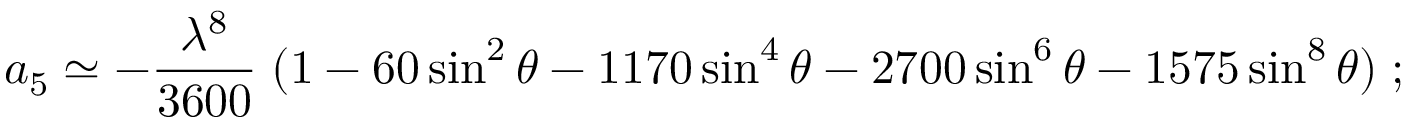
a _ { 5 } \simeq - { \frac { \lambda ^ { 8 } } { 3 6 0 0 } } \; ( 1 - 6 0 \sin ^ { 2 } \theta - 1 1 7 0 \sin ^ { 4 } \theta - 2 7 0 0 \sin ^ { 6 } \theta - 1 5 7 5 \sin ^ { 8 } \theta ) \; ;